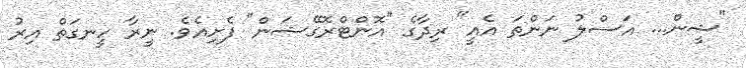
"ޝީން... އަސްލު ނަންތަ އެއީ" ރިދާގެ "އޮންޓްރޮގޭޝަން" ފެށިއެވެ. ނީރާ ހީނގަތް އިރު